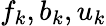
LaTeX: f_{k},b_{k},u_{k}